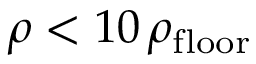
\rho < 1 0 \, \rho _ { \mathrm { f l o o r } }